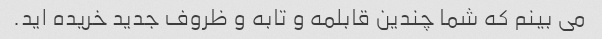
می بینم که شما چندین قابلمه و تابه و ظروف جدید خریده اید.